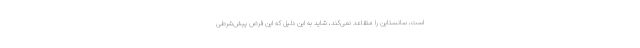
است، سانستاین را متقاعد نمی‌کند، شاید به این دلیل که این فرض پیش‌شرطی